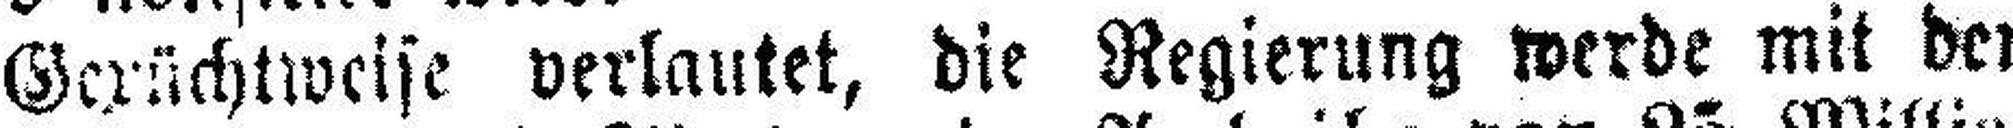
Gerüchtweise verlautet, die Regierung werde mit der